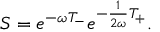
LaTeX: { \cal S } = e ^ { - \omega { \cal T } _ { - } } e ^ { - \frac { 1 } { 2 \omega } { \cal T } _ { + } } .